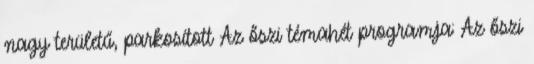
nagy területű, parkosított Az őszi témahét programja: Az őszi